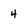
Character: 4